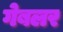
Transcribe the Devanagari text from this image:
गेबलर